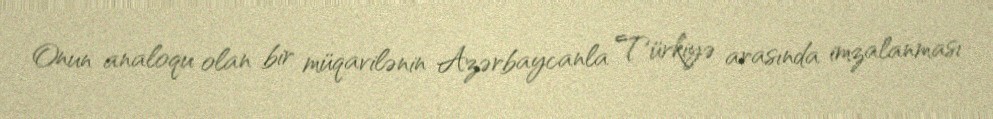
Onun analoqu olan bir müqavilənin Azərbaycanla Türkiyə arasında imzalanması